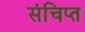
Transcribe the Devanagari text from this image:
संचिप्त